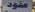
مقود